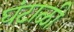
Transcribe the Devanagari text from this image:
घंटाळी